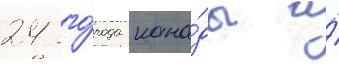
24 го́рода кана́ды и́